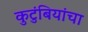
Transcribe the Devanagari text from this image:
कुटुंबियांचा